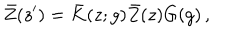
\bar { Z } ( z ^ { \prime } ) = \bar { K } ( z ; g ) \bar { Z } ( z ) G ( g ) \, ,